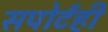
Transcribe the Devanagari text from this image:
सपोर्टही